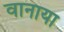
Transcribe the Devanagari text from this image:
वानाया